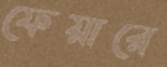
ফেয়ারে